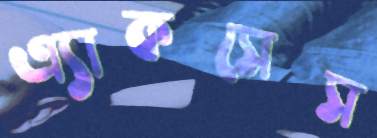
এ্যাকসেস